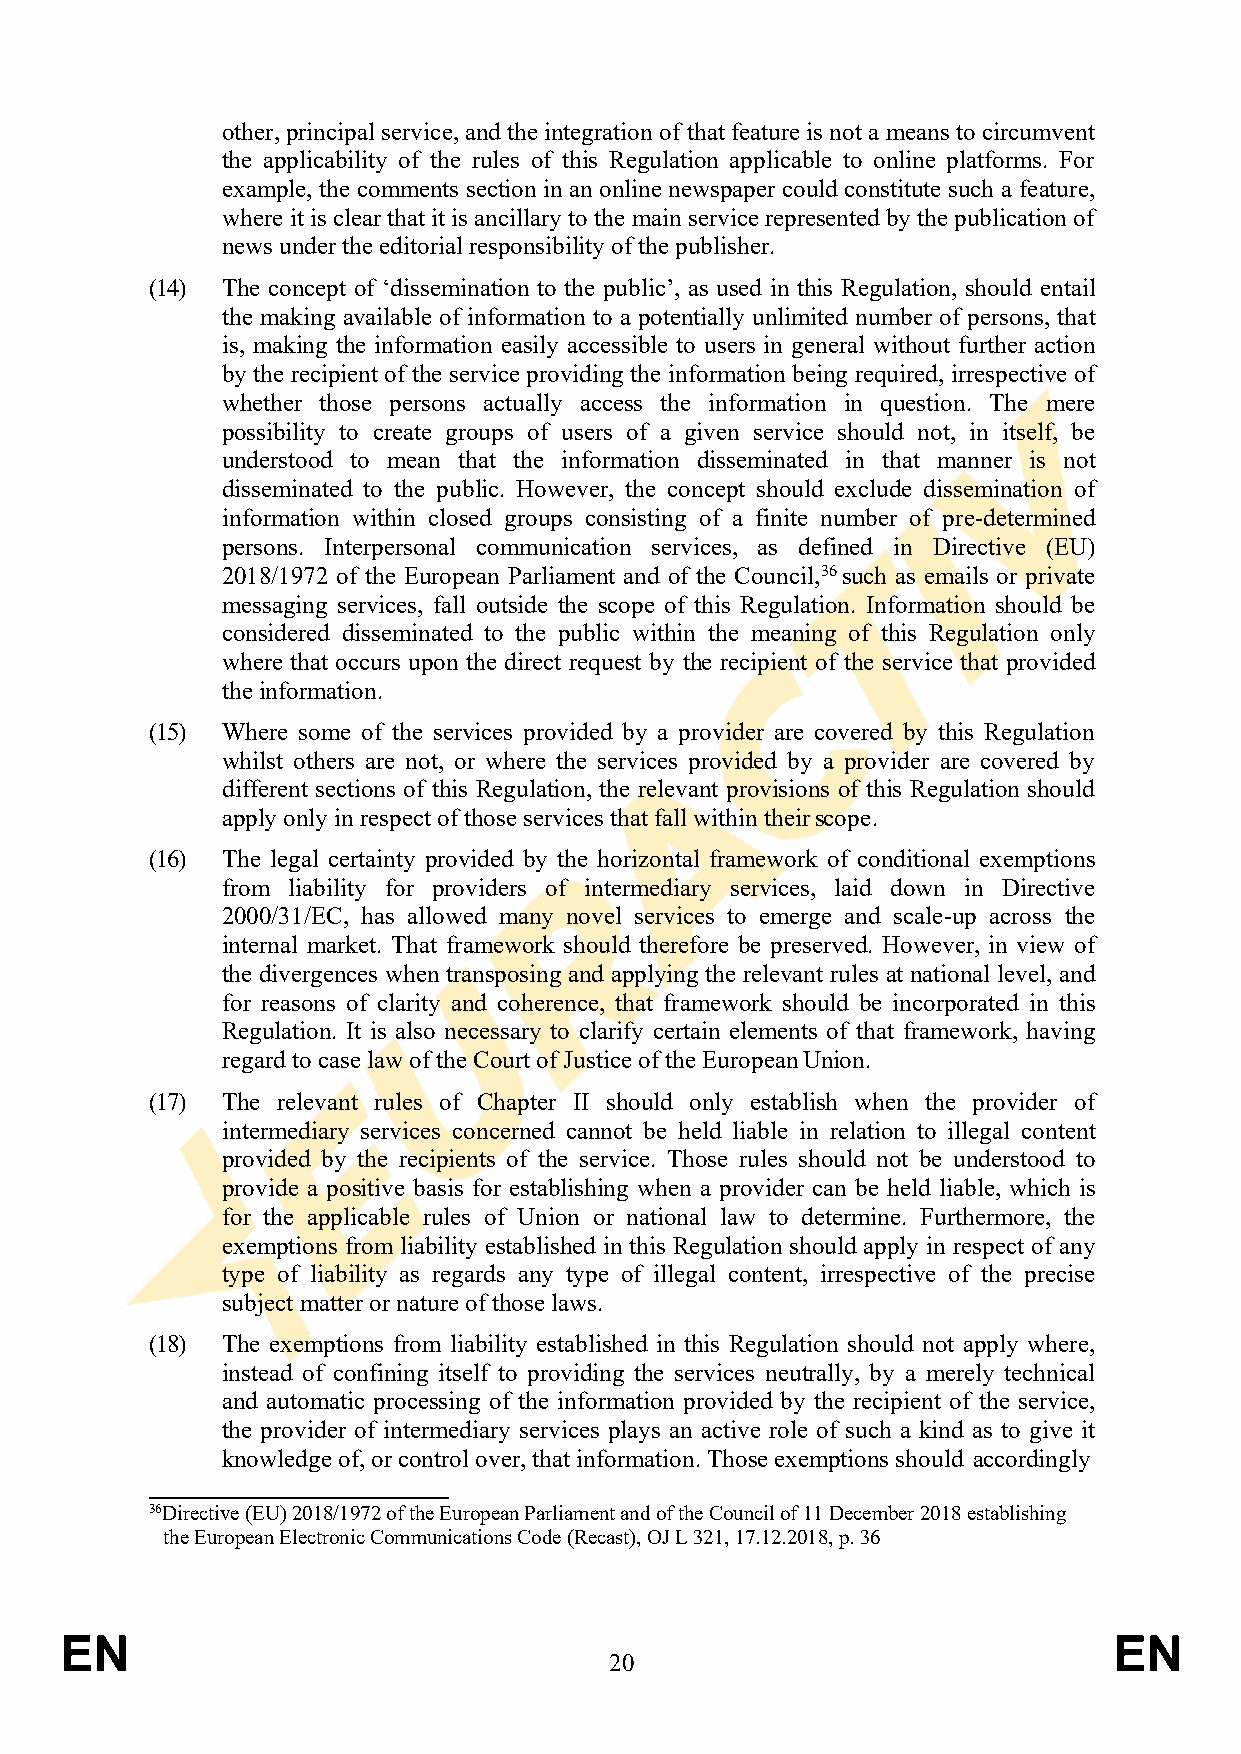
other, principal service, and the integration of that feature is not a means to circumvent
 the applicability of the rules of this Regulation applicable to online platforms. For
 example, the comments section in an online newspaper could constitute such a feature,
 where it is clear that it is ancillary to the main service represented by the publication of
 news under the editorial responsibility of the publisher.
 (14) The concept of ‘dissemination to the public’, as used in this Regulation, should entail
 the making available of information to a potentially unlimited number of persons, that
 is, making the information easily accessible to users in general without further action
 by the recipient of the service providing the information being required, irrespective of
 whether those persons actually access the information in question. The mere
 possibility to create groups of users of a given service should not, in itself, be
 understood to mean that the information disseminated in that manner is not
 disseminated to the public. However, the concept should exclude dissemination of
 information within closed groups consisting of a finite number of pre-determined
 persons. Interpersonal communication services, as defined in Directive (EU)
 2018/1972 of the European Parliament and of the Council,36 such as emails or private
 messaging services, fall outside the scope of this Regulation. Information should be
 considered disseminated to the public within the meaning of this Regulation only
 where that occurs upon the direct request by the recipient of the service that provided
 the information.
 (15) Where some of the services provided by a provider are covered by this Regulation
 whilst others are not, or where the services provided by a provider are covered by
 different sections of this Regulation, the relevant provisions of this Regulation should
 apply only in respect of those services that fall within their scope.
 (16) The legal certainty provided by the horizontal framework of conditional exemptions
 from liability for providers of intermediary services, laid down in Directive
 2000/31/EC, has allowed many novel services to emerge and scale-up across the
 internal market. That framework should therefore be preserved. However, in view of
 the divergences when transposing and applying the relevant rules at national level, and
 for reasons of clarity and coherence, that framework should be incorporated in this
 Regulation. It is also necessary to clarify certain elements of that framework, having
 regard to case law of the Court of Justice of the European Union.
 (17) The relevant rules of Chapter II should only establish when the provider of
 intermediary services concerned cannot be held liable in relation to illegal content
 provided by the recipients of the service. Those rules should not be understood to
 provide a positive basis for establishing when a provider can be held liable, which is
 for the applicable rules of Union or national law to determine. Furthermore, the
 exemptions from liability established in this Regulation should apply in respect of any
 type of liability as regards any type of illegal content, irrespective of the precise
 subject matter or nature of those laws.
 (18) The exemptions from liability established in this Regulation should not apply where,
 instead of confining itself to providing the services neutrally, by a merely technical
 and automatic processing of the information provided by the recipient of the service,
 the provider of intermediary services plays an active role of such a kind as to give it
 knowledge of, or control over, that information. Those exemptions should accordingly
 36Directive (EU) 2018/1972 of the European Parliament and of the Council of 11 December 2018 establishing
 the European Electronic Communications Code (Recast), OJ L 321, 17.12.2018, p. 36
 EN                                                                    EN
 20